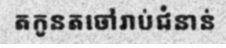
តកូនតចៅរាប់ជំនាន់